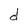
Character: d